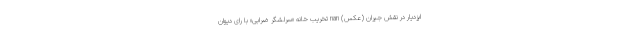
ایزدیار در نقش جیران (عکس) nan تخریب خانه «سرلشگر ضرابی» با رای دیوان